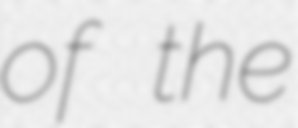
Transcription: of the